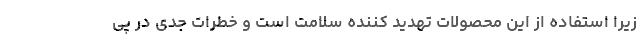
زیرا استفاده از این محصولات تهدید کننده سلامت است و خطرات جدی در پی